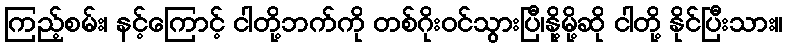
ကြည့်စမ်း၊ နင့်ကြောင့် ငါတို့ဘက်ကို တစ်ဂိုးဝင်သွားပြီ၊နို့မို့ဆို ငါတို့ နိုင်ပြီးသား။